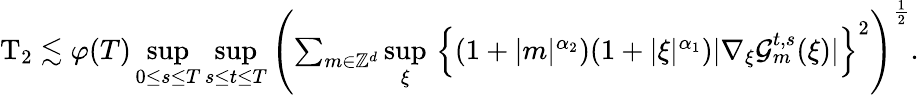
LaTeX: \begin{array}{r}{\mathrm{T}_{2}\lesssim\varphi(T)\underset{0\leq s\leq T}{\operatorname*{sup}}\underset{s\leq t\leq T}{\operatorname*{sup}}\left(\sum_{m\in\mathbb Z^{d}}\underset{\xi}{\operatorname*{sup}}\, \left\lbrace(1+\vert m\vert^{\alpha_{2}})(1+\vert\xi\vert^{\alpha_{1}})\vert\nabla_{\xi}\mathcal{G}_{m}^{t,s}(\xi)\vert\right\rbrace^{2}\right)^{\frac{1}{2}}.}\end{array}